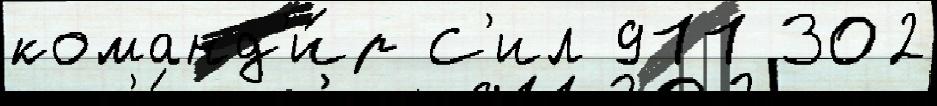
команд'и́р С'ил 911 302